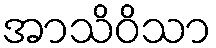
အာသိဝိသာ